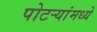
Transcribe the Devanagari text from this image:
पोटर्‍यांमध्ये